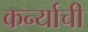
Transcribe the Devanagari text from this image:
कर्न्याची